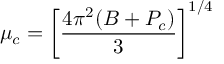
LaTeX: \mu _ { c } = \left[ \frac { 4 \pi ^ { 2 } ( B + P _ { c } ) } { 3 } \right] ^ { 1 / 4 }